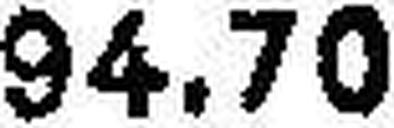
94.70